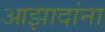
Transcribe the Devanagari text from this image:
आझादांना